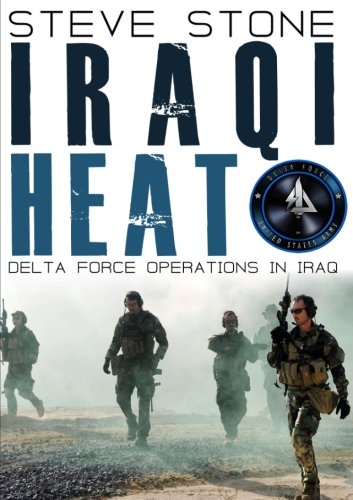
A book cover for Iraqi Heat: Delta Force Operations in Iraq; Steve Stone; History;